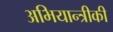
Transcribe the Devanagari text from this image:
अभियान्त्रीकी